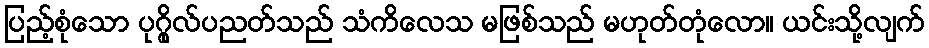
ပြည့်စုံသော ပုဂ္ဂိုလ်ပညတ်သည် သံကိလေသ မဖြစ်သည် မဟုတ်တုံလော။ ယင်းသို့လျက်